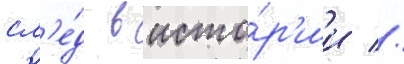
сл'е́д в исто́р'ии //